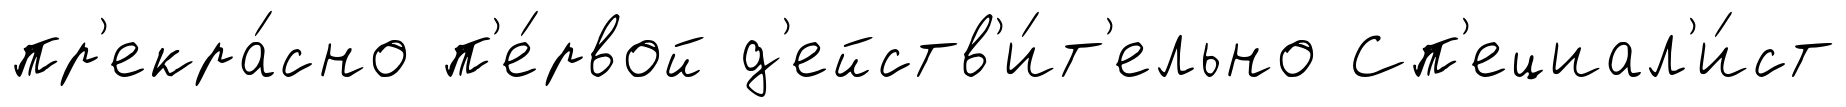
пр'екра́сно п'е́рвой д'ейств'и́т'ельно Сп'ециал'и́ст